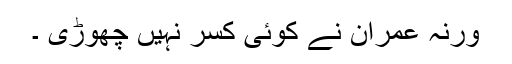
ورنہ عمران نے کوئی کسر نہیں چھوڑی ۔